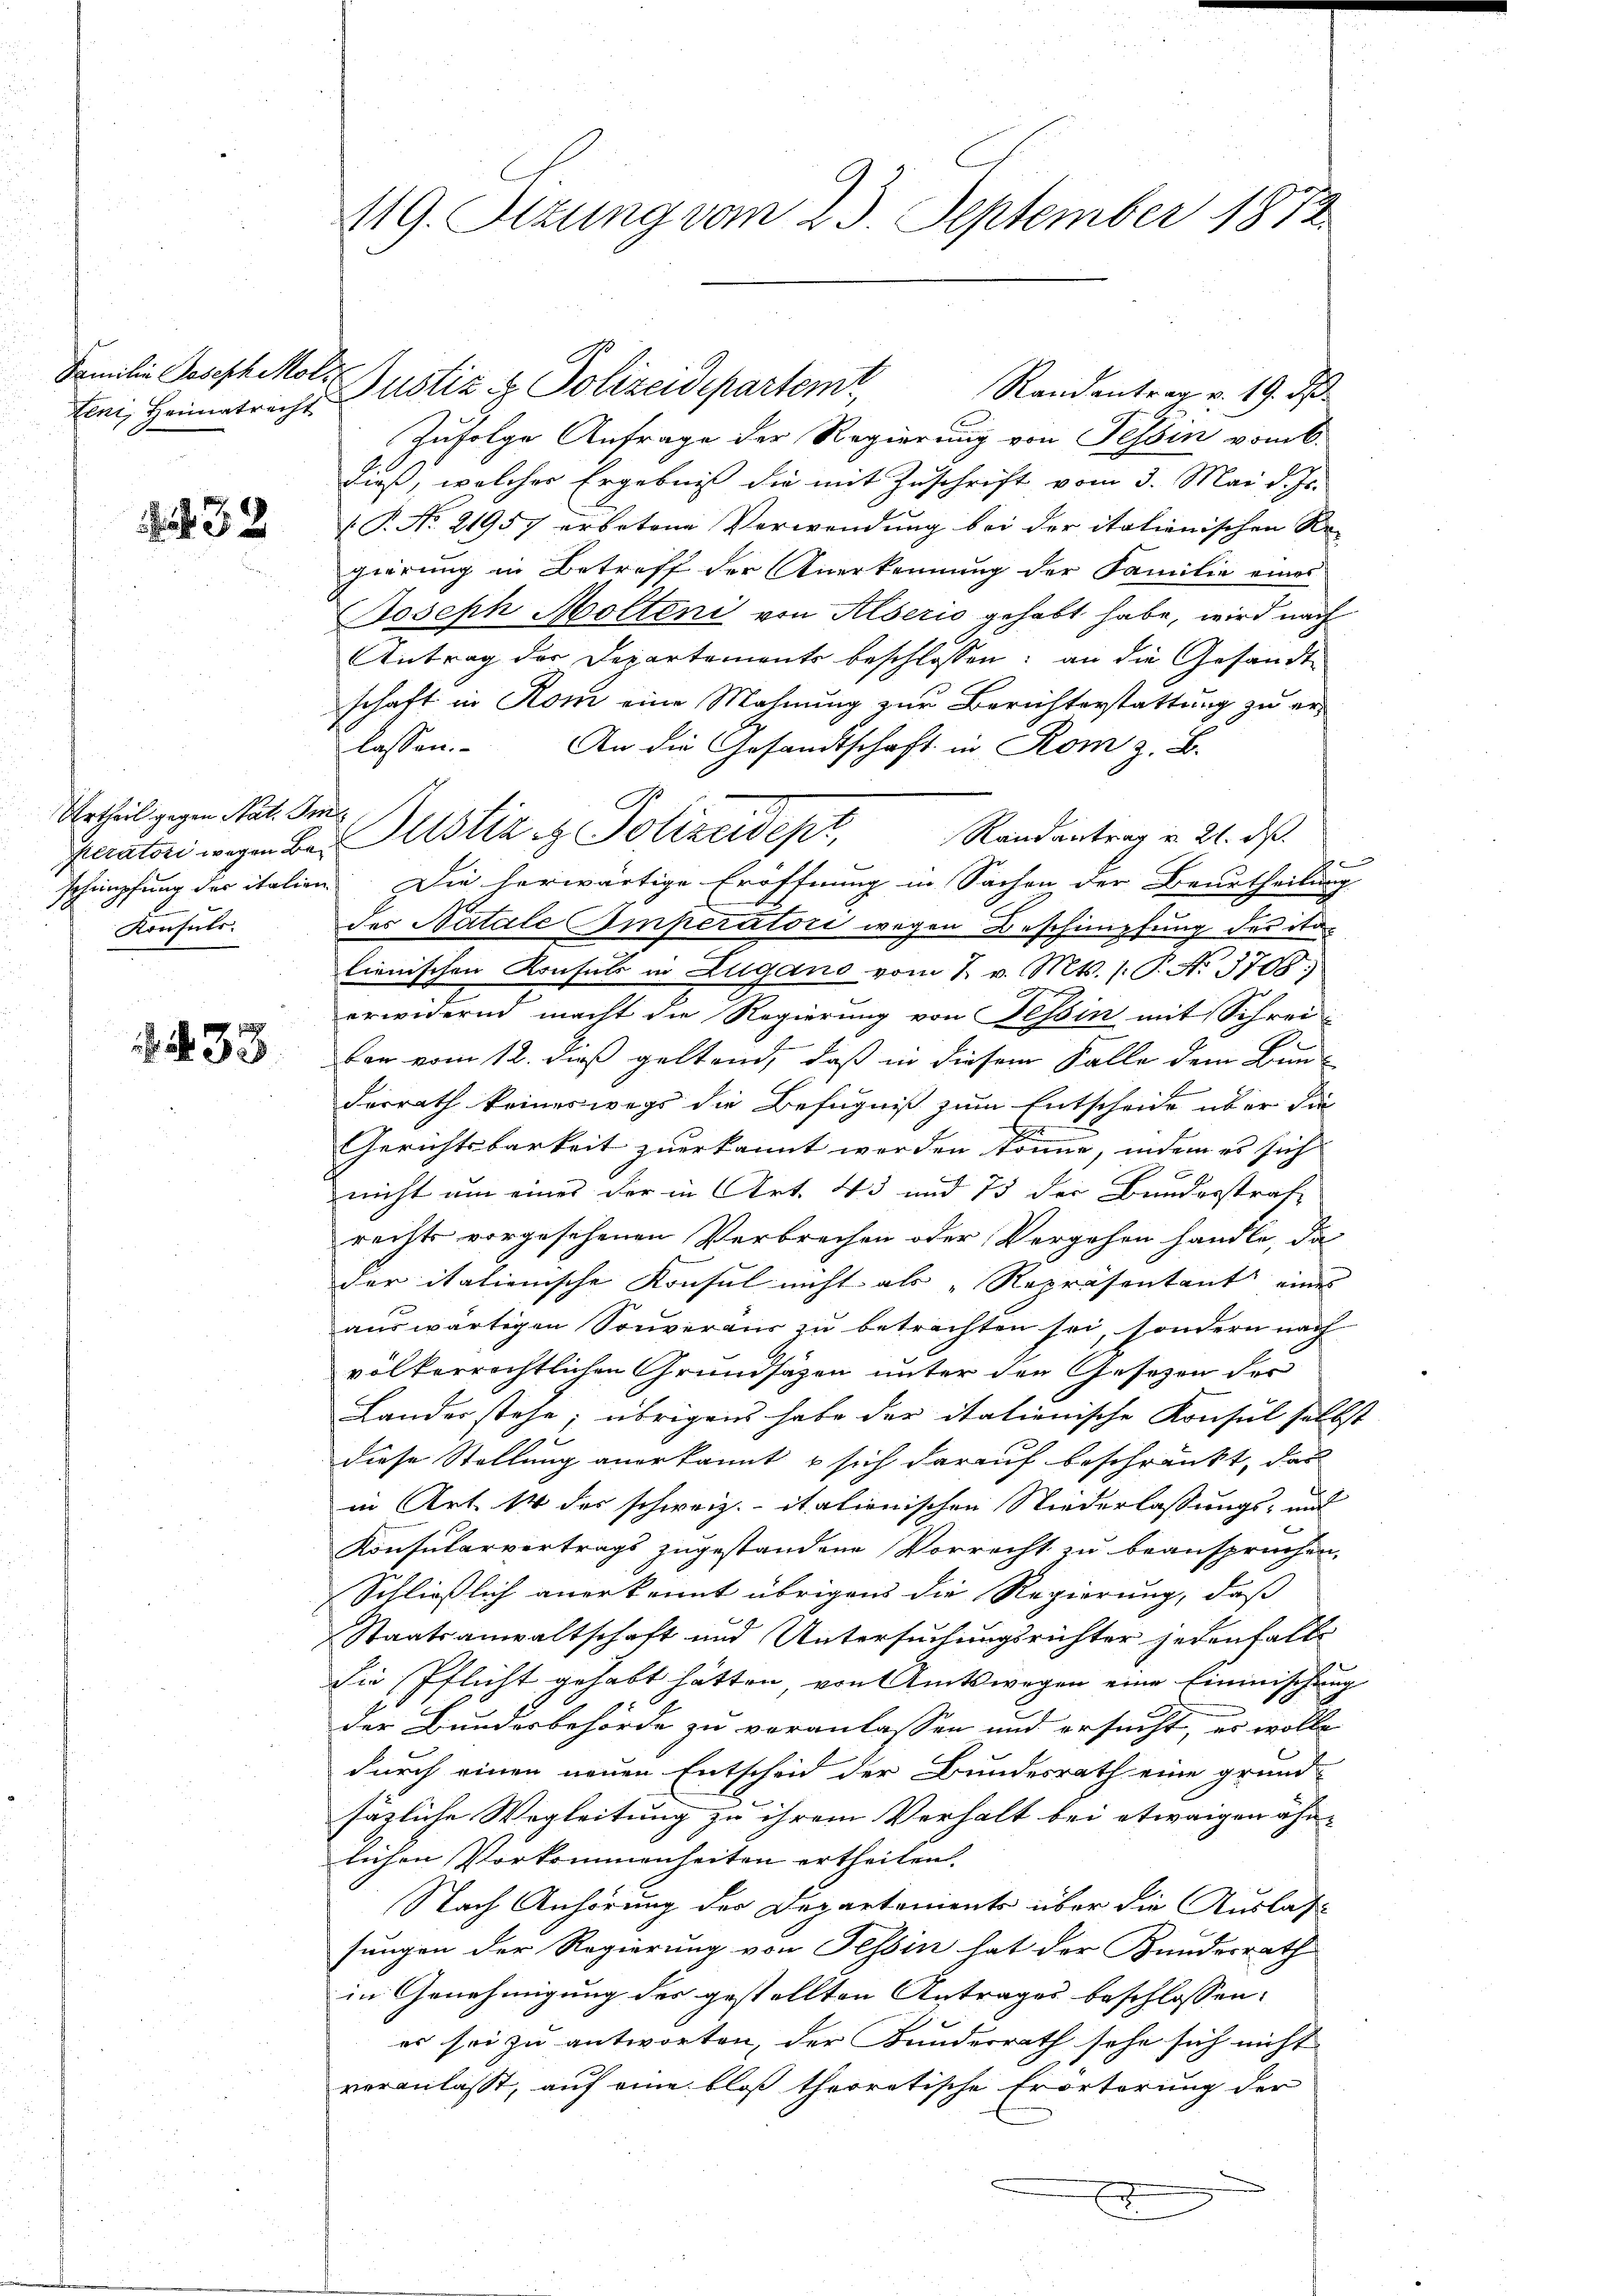
teni, Heimatrecht

32

Urtheil gegen Nat. Im
Konsuls.

33

419. Sizung vom 23. September 1872

Zufolge Anfrage der Regierung von Tessin vom 6.
Ließ, welcher Ergebniß die mit Zuschrift vom 3. Mai d. Js.
T. No. 21957 erbetene Verwendung bei der italienischen Re-
gierung in Betreff der Anerkennung der Familie eines
Joseph Molten von Alserio gehabt habe, wird nach
Antrag der Departements beschlossen: an die Gesandt-
schaft in Rom eine Mahnung zur Berichterstattung zu erlassen. An die Gesandtschaft in Rom z. B.
Randantrag u. 21. ds.
peratori wegen bei Gustiz & Polizeidept,
schimpfung der italien. Die herwärtige Eröffnung in Sachen der Beurtheilung
der Natale Amperatori wegen Beschimpfung des ita
lienischen Konsuls in Zugano vom 7. v. Mts. /: P. No 3705;
erwidernd macht die Regierung von Tessin mit Schreiban vom 12. dieß geltend, daß in diesem Falle dem Bun-
Ferrath keineswegs die Befugniß zum Entscheide über die
Gerichtsbarkeit zuerkannt werden könne, indem es sich
nicht um eines der in Art. 43 und 75 der Bundesstrafrechts vorgesehenen Verbrechen oder Vergehen handle, da
der italienische Konsul nicht als „Repräsentant eines
auswärtigen Souveraus zu betrachten sei, sondern nach
völkerrechtlichen Grundsätzen unter den Gesetzen der
Landes stehe; übrigens habe der itationische Konsul selbst
diese Stellung anerkannt u sich darauf beschränkt, das
in Art. 14 des schweiz. italienischen Niederlassungs- und
Konsularvertrags zugestandene Vorrecht zu beansprüchen,
Schließlich anerkannt übrigens die Regierung, daß
Staatsanwaltschaft und Untersuchungsrichter jedenfalls
Die Pflicht gehabt hätten, von Amtswegen eine Einmischung
der Bunderbehörde zu veranlassen und ersucht, er wolle
durch einen neuen Entscheid der Bundesrath eine grund-
fäzliche Wegleitung zu ihrem Verhalt bei etwaigen ähn-
lichen Vorkommenheiten ertheilen.
Nach Anhörung der Departements über die Auslage
sungen der Regierung von Tessin hat der Bundesrath
in Genehmigung des gestellten Antrages beschlossen:
es sei zu antworten, der Bundesrath sehe sich nicht
veranlasst, auf eine bloß theoretische Erörterung der
.

Familie Joseph Molz- Justiz & Polizeidepartemt, Randentrag v. 19. ds